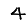
Digit: 4